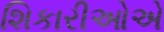
શિકારીઓએ